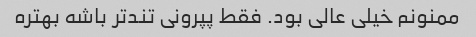
ممنونم خیلی عالی بود. ‌فقط پپرونی تندتر باشه بهتره